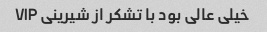
خیلی عالی بود با تشکر از شیرینی VIP